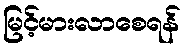
မြင့်မားလာစေရန်